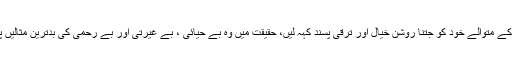
بے خدا تہذیب کے متوالے خود کو جتنا روشن خیال اور ترقی پسند کہہ لیں، حقیقت میں وہ بے حیائی ، بے غیرتی اور بے رحمی کی بدترین مثالیں پیش کرتے ہیں۔